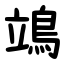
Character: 鴗